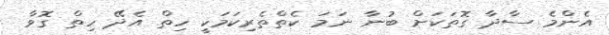
އެންމެ ސާދާ ގޮތަކަށް ބުނާ ނަމަ ކެތްތެރިކަމަކީ ހިތް އެދޭ ހިތް ގޮވާ